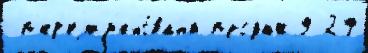
 п'ер'еjим'ено́вана продаж9 29